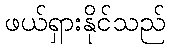
ဖယ်ရှားနိုင်သည်